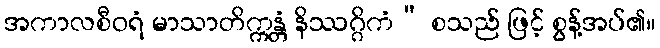
အကာလစီဝရံ မာသာတိက္ကန္တံ နိဿဂ္ဂိကံ” စသည် ဖြင့် စွန့်အပ်၏။